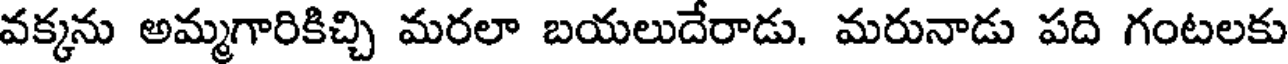
వక్కను అమ్మగారికిచ్చి మరలా బయలుదేరాడు. మరునాడు పది గంటలకు